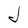
Character: J